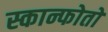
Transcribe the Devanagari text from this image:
स्कान्फोतो